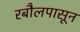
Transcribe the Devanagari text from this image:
रबौलपासून